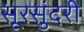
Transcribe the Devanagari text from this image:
सूरसुंदरी